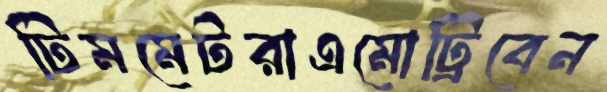
টিমমেটরাএমোট্রিবেন